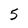
Character: 5